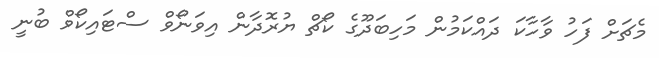
މެޗަށް ފަހު ވާހާކަ ދައްކަމުން މަހިބަދޫގެ ކޯޗް ޔުރޮދާން އިވަނޯވް ސްޓައިކޯވް ބުނީ